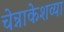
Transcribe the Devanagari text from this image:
चेन्नाकेशव्या